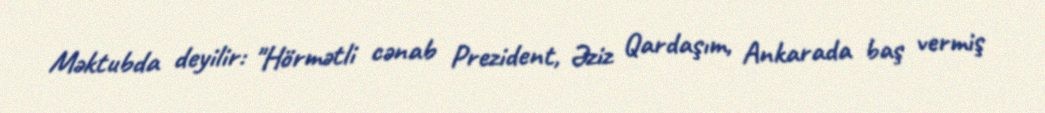
Məktubda deyilir: "Hörmətli cənab Prezident, Əziz Qardaşım, Ankarada baş vermiş